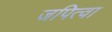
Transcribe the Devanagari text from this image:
जपित्वा